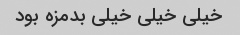
خیلی خیلی خیلی بدمزه بود